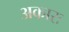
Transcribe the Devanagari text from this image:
अकारः